Vaccination report Assam 1874-1896 - 1874-1896
Year: 1874
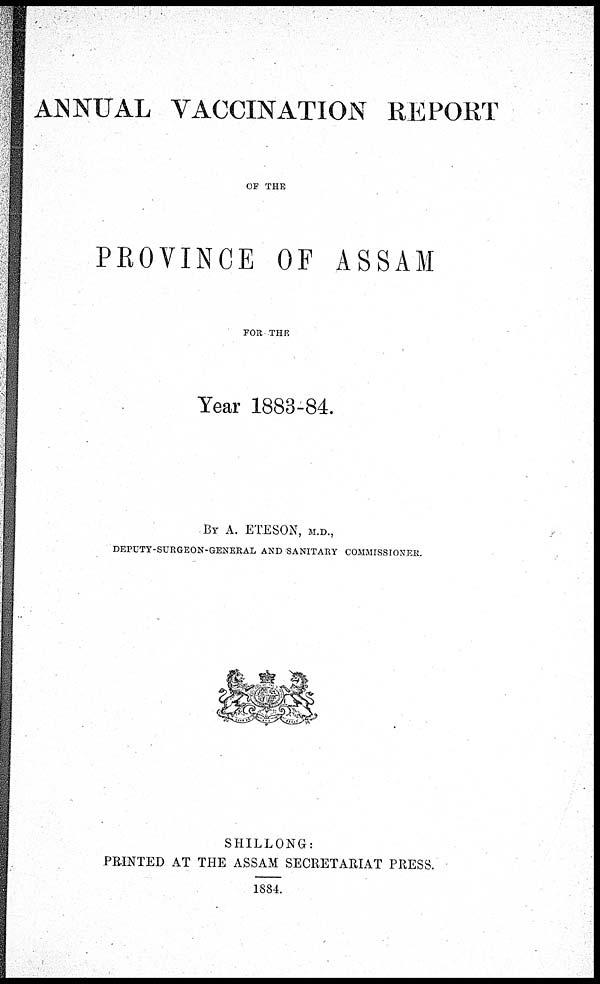
ANNUAL VACCINATION REPORT
OF THE
PROVINCE OF ASSAM
FOR THE
Year 1883-84.
BY A. ETESON, M.D.,
DEPUTY-SURGEON-GENERAL AND SANITARY COMMISSIONER.
SHILLONG:
PRINTED AT THE ASSAM SECRETARIAT PRESS.
1884.